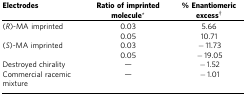
<table><thead><tr><td><b>Electrodes</b></td><td><b>Ratio of imprinted molecule*</b></td><td><b>% Enantiomeric excess†</b></td></tr></thead><tbody><tr><td>(<i>R</i>)-MA imprinted</td><td>0.03</td><td>5.66</td></tr><tr><td> </td><td>0.05</td><td>10.71</td></tr><tr><td>(<i>S</i>)-MA imprinted</td><td>0.03</td><td>−11.73</td></tr><tr><td> </td><td>0.05</td><td>−19.05</td></tr><tr><td>Destroyed chirality</td><td>—</td><td>−1.52</td></tr><tr><td>Commercial racemic mixture</td><td>—</td><td>−1.01</td></tr></tbody></table>